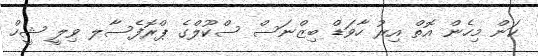
ކަން މިހެން އޮތް އިރު ހާވަޑް ބިޒްނަސް ސްކޫލްގެ ޕްރޮފެސާލ ވިލީ ޝީހް